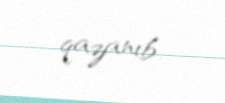
qazanıb.